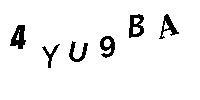
4YU9BA